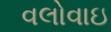
વલોવાઇ